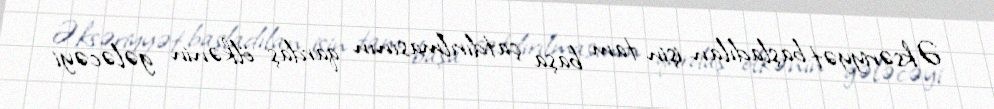
Əksəriyyət başladılan işin tam başa çatdırılmasının qardaş ölkənin gələcəyi